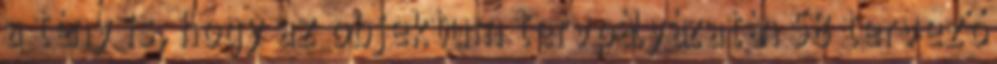
a tény is, hogy az objektum tervpályázatán 58 tervező